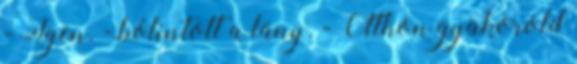
- Igen. - bólintott a lány. - Otthon gyakorold